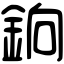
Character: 銄